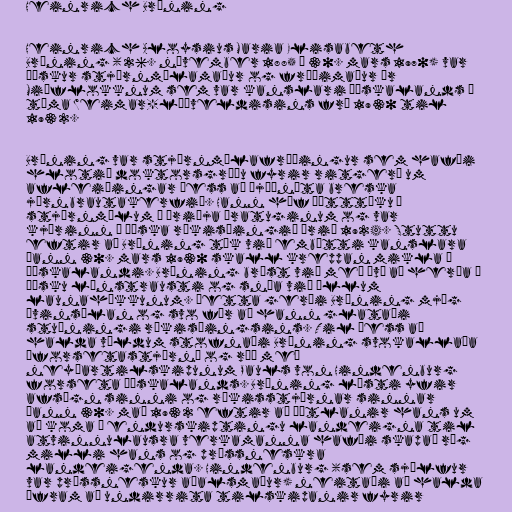
Heinrich Brüning

Heinrich Aloysius Maria Elisabeth
Brüning (26. nóvember 1885 – 30. mars 1970) var
þýskur stjórnmálamaður og fræðimaður úr
Miðflokknum sem var kanslari Þýskalands á
tíma Weimar-lýðveldisins frá 1930 til
1932.

Brüning var stjórnmálafræðingur sem hafði
hlotið doktorsgráðu fyrir ritgerð um
afleiðingar þess að þjóðnýta breska
járnbrautakerfið. Hann hóf þátttöku í
stjórnmálum á þriðja áratuginum og var
kjörinn á þýska ríkisþingið árið 1924. Stuttu
eftir að Brüning tók við embætti kanslara
þann 30. mars 1930 skall kreppan mikla á
Þýskalandi. Brüning brást við með því að herða á
þýsku lánstrausti og snúa við öllum
launahækkunum. Þetta gerði Brüning mjög
óvinsælan og svo fór að hann glataði
stuðningi ríkisþingsins. Til þess að
halda völdum stofnaði Brüning svokallaða
„forsetastjórn“ og réð með
neyðartilskipunum Pauls von Hindenburg
forseta Þýskalands. Brüning lýsti yfir
afsögn sinni og ríkisstjórnar sinnar
þann 30. maí 1932 eftir að áætlanir hans um
að koma á endurskiptingu landeigna til
atvinnulausra verkamanna hafði skapað ríg
milli hans og prússneskra
landeigenda. Hindenburg (sem sjálfur
var prússneskur aðalsmaður) neitaði að halda
áfram að undirrita tilskipanir fyrir